Lunatic asylums United Provinces 1909-1921 - 1909-1921
Year: 1909
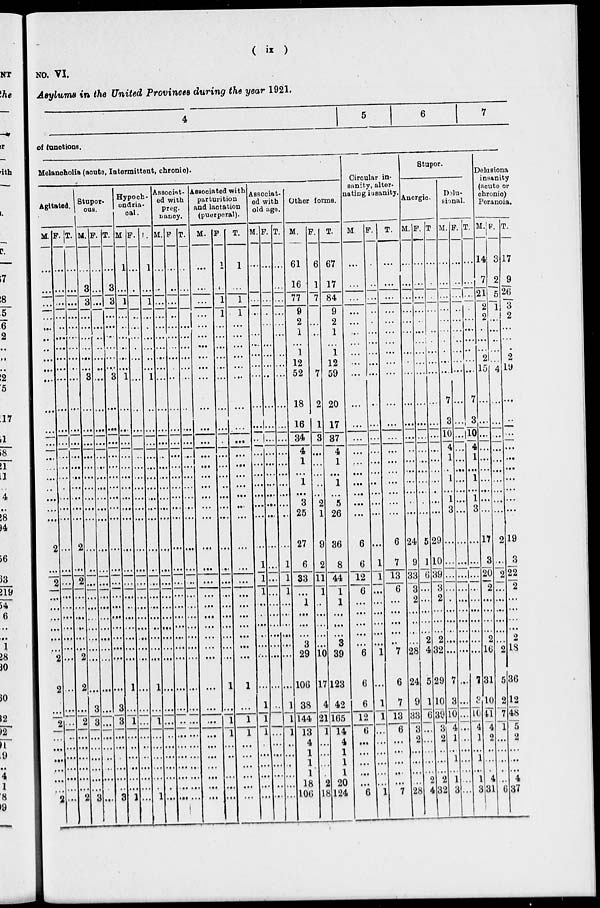
(
ix
)
NO. VI.
Asylums in the United Provinces during the year 1921.
4
5
6
7
of functions.
Melancholia (acute, Intermittent, chronic).
Agitated.
M.
...
...
...
...
...
...
...
...
...
...
...
...
...
...
...
...
...
...
...
...
2
...
2
...
...
...
...
...
...
2
2
...
2
...
...
...
...
...
...
2
F.
...
...
...
...
...
...
...
...
...
...
...
...
...
...
...
...
...
...
...
...
...
...
...
...
...
...
...
...
...
...
...
...
...
...
...
...
...
...
...
...
T.
...
...
...
...
...
...
...
...
...
...
...
...
...
...
...
...
...
...
...
...
2
...
2
...
...
...
...
...
...
2
2
...
2
...
...
...
...
...
...
2
Stupor-
ous.
M.
...
3
3
...
...
...
...
...
...
3
...
...
...
...
...
...
...
...
...
...
...
...
...
...
...
...
...
...
...
...
...
3
3
...
...
...
...
...
...
3
F.
...
...
...
...
...
...
...
...
...
...
...
...
...
...
...
...
...
...
...
...
...
...
...
...
...
...
...
...
...
...
...
...
...
...
...
...
...
...
...
...
T.
...
3
3
...
...
...
...
...
...
3
...
...
...
...
...
...
...
...
...
...
...
...
...
...
...
...
...
...
...
...
...
3
3
...
...
...
...
...
..
3
Hypoch-
ondria-
cal.
M.
1
...
1
...
...
...
...
...
...
1
...
...
...
...
...
...
...
...
...
...
...
...
...
...
...
...
...
...
...
...
1
...
1
...
...
...
...
...
...
1
F.
...
...
...
...
...
...
...
...
...
...
...
...
...
...
...
...
...
...
...
...
...
...
...
...
...
...
...
...
...
...
...
...
...
...
...
...
...
...
...
...
T.
1
...
1
...
...
...
...
...
...
1
...
...
...
...
...
...
...
...
...
...
...
...
...
...
...
...
...
...
...
...
1
...
1
...
...
...
...
...
.
1
Associat-
ed with
preg.
nancy.
M.
...
...
...
...
...
...
...
...
...
...
...
...
...
...
...
...
...
...
...
...
...
...
...
...
...
...
...
...
...
...
...
...
...
...
...
...
...
...
.
...
F.
...
...
...
...
...
...
...
...
...
...
...
...
...
...
...
...
...
...
...
...
...
...
...
...
...
...
...
...
...
...
...
...
...
...
...
...
...
...
...
...
T.
...
...
...
...
...
...
...
...
...
...
..
...
...
...
...
...
...
...
...
...
...
...
...
...
...
...
...
...
...
...
...
...
...
...
...
...
...
...
...
...
Associated with
parturition
and lactation
(puerperal).
M.
...
...
...
...
...
...
...
...
...
...
...
...
...
...
...
...
...
...
...
...
...
...
...
...
...
...
...
...
...
...
...
...
...
...
...
...
...
...
...
...
F.
1
...
1
1
...
...
...
...
...
...
...
...
.
...
...
...
..
...
...
...
...
...
...
...
...
...
...
...
...
...
1
...
1
1
...
...
...
...
...
...
T.
1
...
1
1
...
...
...
...
...
...
...
...
...
...
...
...
...
...
...
...
...
...
...
...
...
...
...
...
...
...
1
...
1
1
...
...
...
...
...
...
Associat-
ed with
old ago.
M.
...
...
...
...
...
...
...
...
...
...
...
...
..
...
...
...
...
...
...
...
...
1
1
1
...
...
...
...
...
...
...
1
1
1
.
...
...
...
...
...
F.
...
...
...
..
...
...
...
...
...
...
...
...
...
...
...
...
...
...
...
...
...
...
...
...
...
...
...
...
...
...
...
...
...
...
...
...
...
...
..
...
T.
...
...
...
...
...
...
...
...
...
...
...
...
...
...
...
...
...
...
...
...
...
1
1
1
...
...
...
...
...
...
...
1
1
1
...
...
..
...
...
...
Other forms.
M.
61
16
77
9
2
1
...
1
12
52
18
16
34
4
1
...
1
...
3
25
27
6
33
...
1
...
...
...
3
29
106
38
144
13
4
1
1
1
18
106
F.
6
1
7
...
...
...
...
...
...
7
2
1
3
...
...
...
..
...
2
1
9
2
11
1
..
...
...
...
...
10
17
4
21
1
...
...
...
.
2
18
T.
67
17
84
9
2
1
...
1
12
59
20
17
37
4
1
...
1
...
5
26
36
8
44
1
1
...
...
...
3
39
123
42
165
14
4
1
1
1
20
124
Circular in-
sanity, alter-
nating insanity
M.
...
...
...
...
...
...
...
...
...
...
...
...
...
...
...
...
...
...
...
...
6
6
12
6
...
...
...
...
...
6
6
6
12
6
...
...
...
...
...
6
F.
...
...
...
...
.
...
...
...
...
...
..
...
...
...
...
...
..
...
...
...
...
1
1
...
...
...
...
...
...
1
...
1
1
...
...
...
...
...
...
1
T.
...
...
...
...
...
...
...
...
...
...
...
...
...
...
...
...
...
...
...
...
6
7
13
6
...
...
...
...
..
7
6
7
13
6
...
...
...
...
...
7
Stupor.
Anergic.
M.
...
...
...
...
...
...
...
...
.
...
...
...
...
...
...
...
...
...
...
...
24
9
33
3
2
...
...
...
...
28
24
9
33
3
2
...
...
...
...
28
F.
...
...
...
...
...
...
...
...
...
...
...
...
...
...
...
...
...
...
.
...
5
1
6
...
...
...
...
...
2
4
5
1
6
...
...
...
...
...
2
4
T.
...
...
...
...
...
...
...
...
...
...
...
...
...
...
...
...
...
...
...
...
29
10
39
3
2
...
...
...
2
32
29
10
39
3
2
...
...
...
2
32
Dolu-
sional.
M.
...
...
...
...
...
...
...
...
...
...
7
3
10
4
1
...
1
...
1
3
...
...
...
...
.
...
...
...
...
...
7
3
10
4
1
...
1
...
1
3
F.
...
...
...
...
...
...
...
...
...
...
...
...
...
...
...
...
...
...
...
...
...
...
...
...
...
...
...
...
...
...
...
...
...
...
...
...
...
...
...
...
T.
...
...
...
...
...
...
...
...
...
...
7
3
10
4
1
...
1
...
1
3
...
...
...
...
...
...
...
...
...
...
7
3
10
4
1
...
1
...
1
3
Delusiona
insanity
(acute or
chronic)
Peranoia.
M.
14
7
21
2
2
...
...
...
2
15
...
...
...
...
...
...
...
...
...
...
17
3
20
2
...
...
...
...
2
16
31
10
41
4
2
...
...
.
4
31
F.
3
2
5
1
...
...
...
...
...
4
...
...
...
...
...
...
...
...
...
...
2
...
2
...
...
...
...
...
...
2
5
2
7
1
...
...
...
.
...
6
T.
17
9
26
3
2
...
...
...
2
19
...
..
...
...
...
...
...
...
...
...
19
3
22
2
...
...
...
...
2
18
36
12
48
5
2
...
...
...
4
37